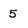
Character: 5